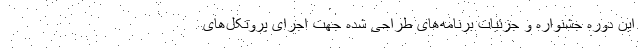
این دوره جشنواره و جزئیات برنامه‌های طراحی شده جهت اجرای پروتکل‌های